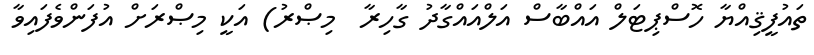
ތައުފީޤިއްޔާ ހޮސްޕިޓަލް އައްބާސް އަލްއައްގާދު ގާހިރާ  މިޞްރު) އަކީ މިޞްރަށް އުފަންވެފައިވާ